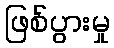
ဖြစ်ပွားမှု